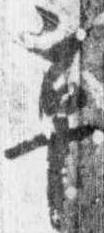
草